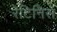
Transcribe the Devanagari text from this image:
रेटिनिस